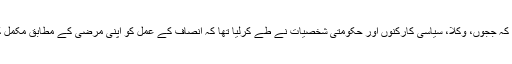
ان ای میلز کا جائزہ لینے سے بخوبی اندازہ لگایا جاسکتا ہے کہ ججوں، وکلا، سیاسی کارکنوں اور حکومتی شخصیات نے طے کرلیا تھا کہ انصاف کے عمل کو اپنی مرضی کے مطابق مکمل کرنا ہے اور اپنی مرضی کے مطابق ہی فیصلے کرنے ہیں۔